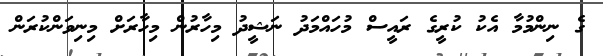
ގެ ނިންމުމާ އެކު ކުރީގެ ރައީސް މުހައްމަދު ނަޝީދު މިހާރުން މިހާރަށް މިނިވަންކުރަން